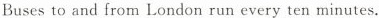
Buses to and from London run every ten minutes.